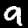
Digit: 9